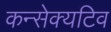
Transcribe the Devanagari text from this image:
कन्सेक्यटिव